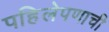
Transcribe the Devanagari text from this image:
पहिलेपणाची